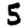
Digit: 5